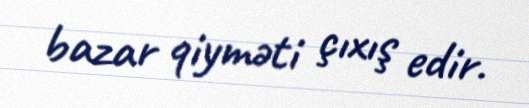
bazar qiyməti çıxış edir.